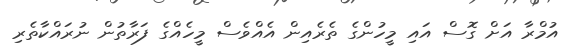
އުމްރާ އަށް ގޮސް އައި މީހުންގެ ތެރެއިން އެއްވެސް މީހެއްގެ ފަރާތުން ނުރައްކާތެރި